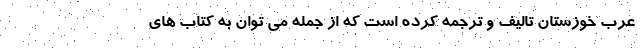
عرب خوزستان تالیف و ترجمه کرده است که از جمله می توان به کتاب های